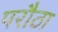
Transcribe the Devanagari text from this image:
परौठा